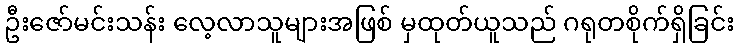
ဦးဇော်မင်းသန်း လေ့လာသူများအဖြစ် မှထုတ်ယူသည် ဂရုတစိုက်ရှိခြင်း